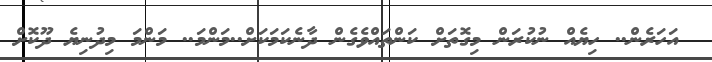
އަހަރެން.. ހިޔެއް ނުކުރަން މިގޮތަށް ކަންތައްވެގެން ދާނެކަމަކަށް..މަންމަ.. މަންމަ މިދުނިޔެ ދޫކޮށް